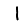
Digit: 1